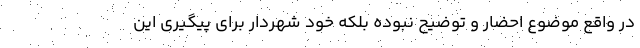
در واقع موضوع احضار و توضیح نبوده بلکه خود شهردار برای پیگیری این